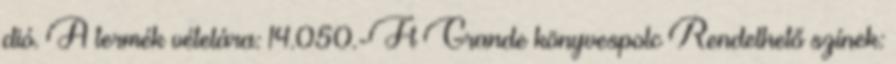
dió. A termék vételára: 14.050.-Ft Grande könyvespolc Rendelhető színek: